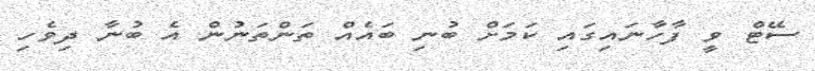
ސޭޓް ވީ ފާހާނައިގައި ކަމަށް ބުނި ބައެއް ތަންތަނުން އެ ބުނާ ދިވެހި